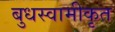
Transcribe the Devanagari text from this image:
बुधस्वामीकृत